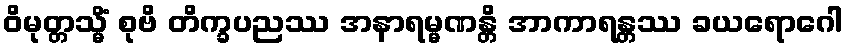
ဝိမုတ္တသ္မိံ စုဗိ တိက္ခပညဿ အနာရမ္မဏန္တိ အာကာရန္တဿ ခယရောဂေါ